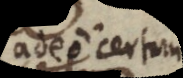
adeo certum